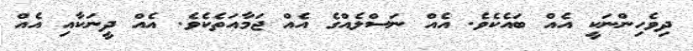
ދިވެހިންނަކީ އެއް ބައެކެވެ. އެއް ނަސްލެއްގެ އެއް ޖަމާއަތެކެވެ. އެއް ދީނަކާއި އެއް